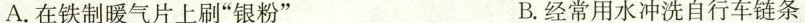
A.在铁制暖气片上刷”银粉” B.经常用水冲洗自行车链条